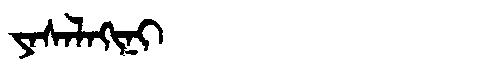
Manchu: ᠶᠠᠰᠠᠯᠠᡴᡳᠨᡳ
Romanization: YASALAKINI